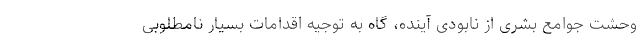
وحشت جوامع بشری از نابودی آینده، گاه به توجیه اقدامات بسیار نامطلوبی